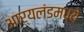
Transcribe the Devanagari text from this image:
आर्यलंडमध्ये